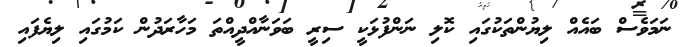
ނަމަވެސް ބައެއް ލިޔުންތަކުގައި ކޮލި ނަންފުޅަކީ ސިރީ ބަވަނާއްދީއްތަ މަހާރަދުން ކަމުގައި ލިޔެފައި